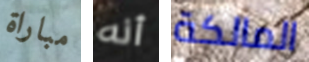
مباراة أنه المالكة